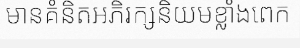
មានគំនិតអភិរក្សនិយមខ្លាំងពេក